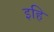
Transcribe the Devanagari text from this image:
इहि